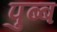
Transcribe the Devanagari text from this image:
पुब्ब